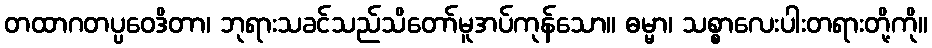
တထာဂတပ္ပဝေဒိတာ၊ ဘုရားသခင်သည်သိတော်မူအပ်ကုန်သော။ ဓမ္မာ၊ သစ္စာလေးပါးတရားတို့ကို။